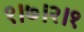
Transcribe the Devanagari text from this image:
१।७।२।१